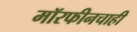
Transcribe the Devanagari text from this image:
मॉरफीनचाही